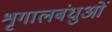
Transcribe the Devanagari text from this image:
शृगालबंधुओं